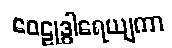
ဝေဠုဒွါရေယျကာ